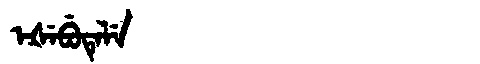
Manchu: ᡝᡧᡝᠪᡠᡨᡝᠯᡝ
Romanization: EŠEBUTELE